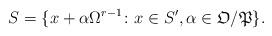
LaTeX: \begin{align*}S = \{ x+\alpha \Omega^{r-1}\colon x\in S', \alpha\in \mathfrak{O}/\mathfrak{P}\}. \end{align*}